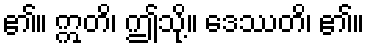
၏။ ဣတိ၊ ဤသို့။ ဒေဿတိ၊ ၏။